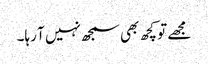
مجھے تو کچھ بھی سمجھ نہیں آ رہا۔